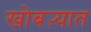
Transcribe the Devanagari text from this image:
खोबऱ्यात